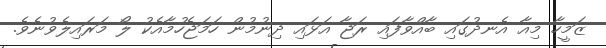
ޒަމީހާ މިއާ އެނދުގައި ބާއްވާފައި ރަޖާ އަޅައި ދިނުމުން ހަމަޖެހުމާއެކު ލޯ މަރައިލެވުނެވެ.